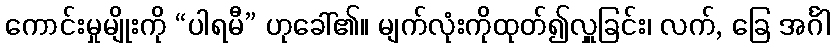
ကောင်းမှုမျိုးကို “ပါရမီ” ဟုခေါ်၏။ မျက်လုံးကိုထုတ်၍လှူခြင်း၊ လက်, ခြေ အင်္ဂါ